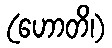
(ဟောတိ၊)